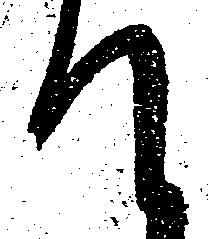
て